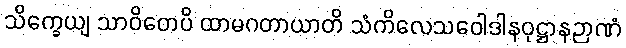
သိက္ခေယျ သာဝိတေပိ ထာမဂတာယာတိ သံကိလေသဝေါဒါနဝုဋ္ဌာနဉာဏံ